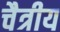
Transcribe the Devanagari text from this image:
चैत्रीय